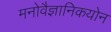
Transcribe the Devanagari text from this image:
मनोवैज्ञानिकयोन